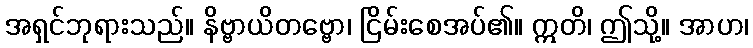
အရှင်ဘုရားသည်။ နိဗ္ဗာယိတဗ္ဗော၊ ငြိမ်းစေအပ်၏။ ဣတိ၊ ဤသို့။ အာဟ၊